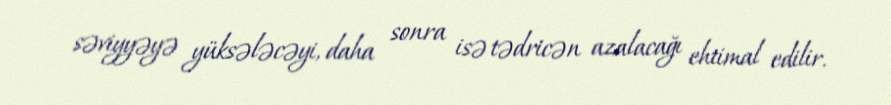
səviyyəyə yüksələcəyi, daha sonra isə tədricən azalacağı ehtimal edilir.